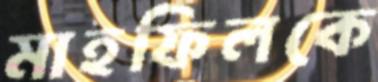
মাহফিলকে